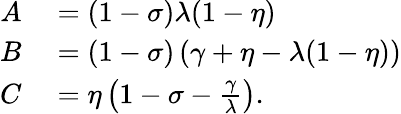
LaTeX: \begin{array}{rl}{A}&{{}=(1-\sigma)\lambda(1-\eta)}\\ {B}&{{}=(1-\sigma)\left(\gamma+\eta-\lambda(1-\eta)\right)}\\ {C}&{{}=\eta\left(1-\sigma-\frac{\gamma}{\lambda}\right).}\end{array}